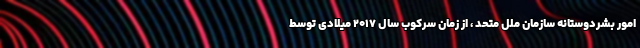
امور بشردوستانه سازمان ملل متحد ، از زمان سرکوب سال ۲۰۱۷ میلادی توسط